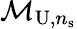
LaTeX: \mathcal{M}_{\mathrm{U},n_{\mathrm{s}}}